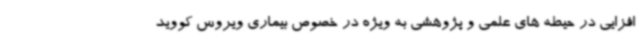
‌افزایی در حیطه های علمی و پژوهشی به ویژه در خصوص بیماری ویروس کووید